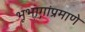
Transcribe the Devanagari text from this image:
भूभागांप्रमाणे